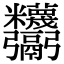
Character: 𩱸